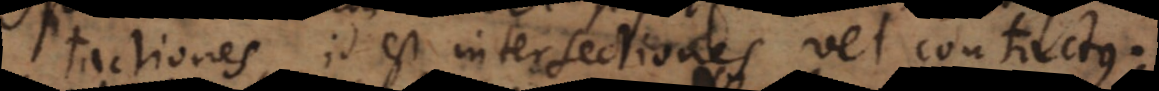
tactiones, id est intersectiones vel contactus.